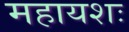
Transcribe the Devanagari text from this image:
महायशः